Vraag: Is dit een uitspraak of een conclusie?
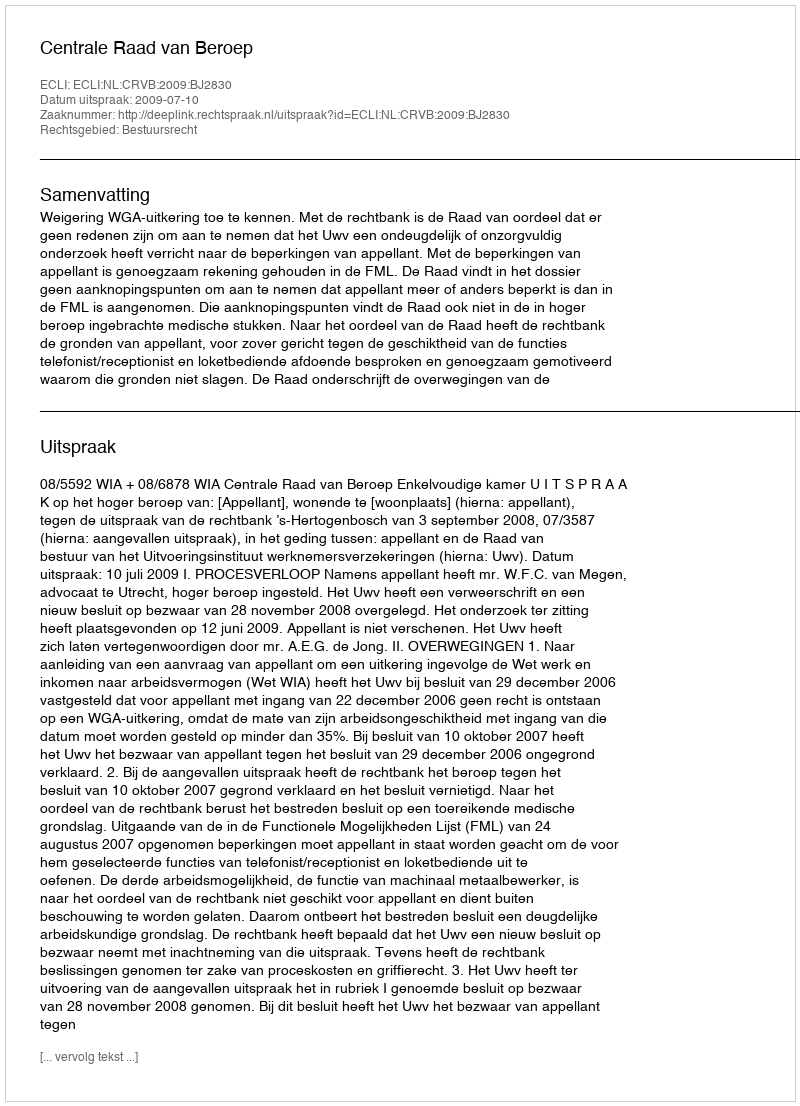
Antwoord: Uitspraak